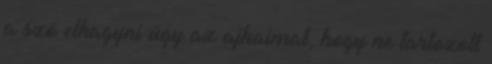
a szó elhagyni úgy az ajkaimat, hogy ne tartozott